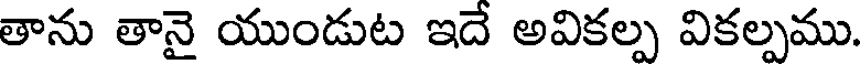
తాను తానై యుండుట ఇదే అవికల్ప వికల్పము.